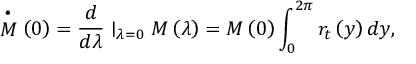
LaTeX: \stackrel { \bullet } { M } \left( 0 \right) = \frac d { d \lambda } \mid _ { \lambda = 0 } M \left( \lambda \right) = M \left( 0 \right) \int _ { 0 } ^ { 2 \pi } r _ { t } \left( y \right) d y ,